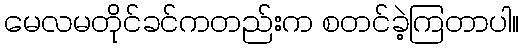
မေလမတိုင်ခင်ကတည်းက စတင်ခဲ့ကြတာပါ။